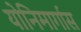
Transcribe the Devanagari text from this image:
योनिमार्गास